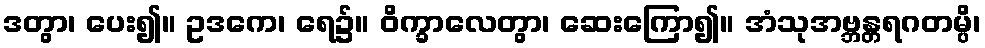
ဒတွာ၊ ပေး၍။ ဥဒကေ၊ ရေ၌။ ဝိက္ခာလေတွာ၊ ဆေးကြော၍။ အံသုအဗ္ဘန္တရဂတမ္ပိ၊